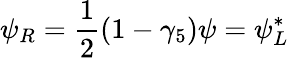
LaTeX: \psi_{R}=\frac{1}{2}(1-\gamma_{5})\psi=\psi_{L}^{*}